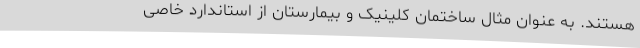
هستند. به عنوان مثال ساختمان کلینیک و بیمارستان از استاندارد خاصی